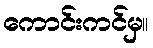
ကောင်းကင်မှ။